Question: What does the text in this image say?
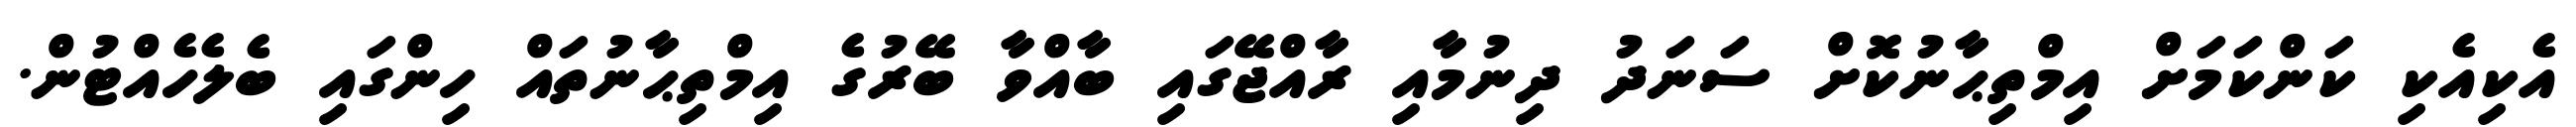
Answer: އެކިއެކި ކަންކަމަށް އިމްތިޙާނުކޮށް ސަނަދު ދިނުމާއި ރާއްޖޭގައި ބާއްވާ ބޭރުގެ އިމްތިޙާނުތައް ހިންގައި ބެލެހެއްޓުން.